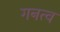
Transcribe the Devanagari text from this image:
गनत्व